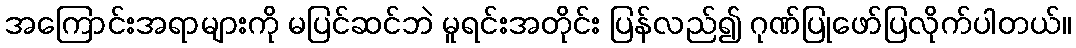
အကြောင်းအရာများကို မပြင်ဆင်ဘဲ မူရင်းအတိုင်း ပြန်လည်၍ ဂုဏ်ပြုဖော်ပြလိုက်ပါတယ်။